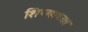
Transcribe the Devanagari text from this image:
शिष्याच्या